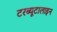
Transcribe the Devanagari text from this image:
टरब्यूटालाइन